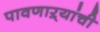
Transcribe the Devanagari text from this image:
पावणाऱ्यांची